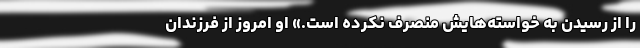
را از رسیدن به خواسته‌هایش منصرف نکرده است.» او امروز از فرزندان